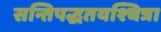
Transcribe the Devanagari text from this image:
सन्तिपद्धतयश्चित्रा